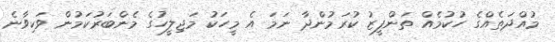
މުއްދަތެއްގެ ހުކުމެއް ތަންފީޒު ކުރަމުންދާ ނަމަ އެ މީހަކު މަޖިލީހުގެ މެންބަރުކަމުން ވަކިވާނެ